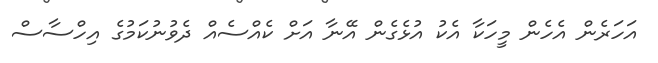
އަހަރެން އެހެން މީހަކާ އެކު އުޅެގެން އޭނާ އަށް ކެއްސެއް ދެވުނުކަމުގެ އިހްސާސް